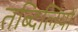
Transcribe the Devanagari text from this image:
तब्दिलियों